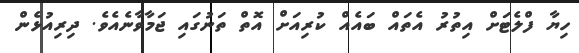
ހިޔާ ފްލެޓަށް އިތުރު އެތައް ބައެއް ކުރިއަށް އޮތް ތަނުގައި ޖަމާވާނެއެވެ. ދިރިއުޅެން